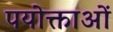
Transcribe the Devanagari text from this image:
पयोक्ताओं